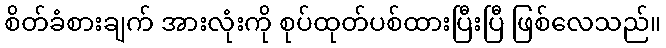
စိတ်ခံစားချက် အားလုံးကို စုပ်ထုတ်ပစ်ထားပြီးပြီ ဖြစ်လေသည်။